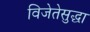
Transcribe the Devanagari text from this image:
विजेतेसुद्धा